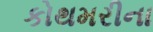
કોથમરીના